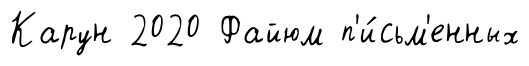
Карун 2020 Файюм п'и́сьм'енных